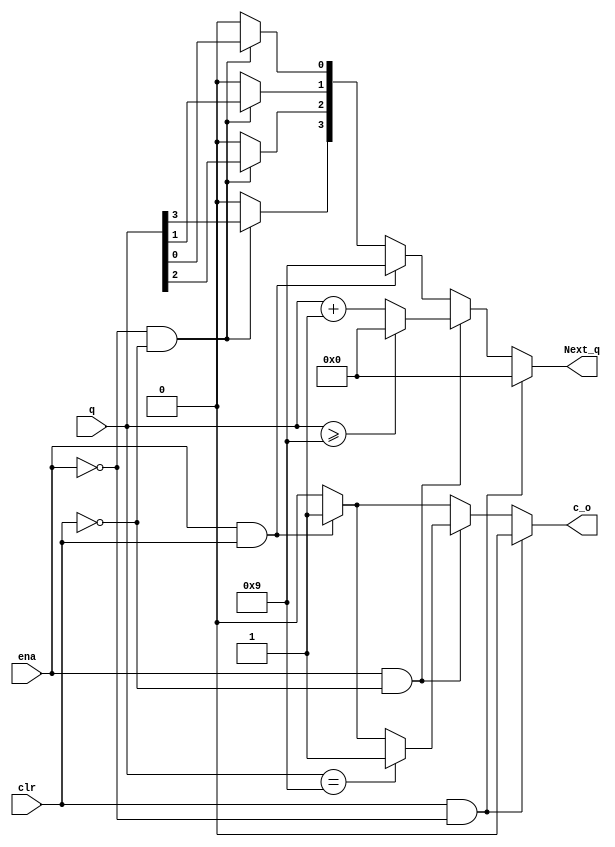
`timescale 1ns / 1ps
//////////////////////////////////////////////////////////////////////////////////
// Company: 
// Engineer: 
// 
// Design Name: 
// Module Name:    count4bcd_combin 
// Project Name: 
// Target Devices: 
// Tool versions: 
// Description: 
//
// Dependencies: 
//
// Revision: 
// Revision 0.01 - File Created
// Additional Comments: 
//
//////////////////////////////////////////////////////////////////////////////////
module count4bcd_combin(
    input [3:0] q,
    input ena,
    input clr,
    output reg [3:0] Next_q, // I had to make this a reg so that I could use my always block.
    output reg c_o 			  // I also had to make this a reg so that I can use it in my always block.
    );

	//Let us do some logic on our input switches
	
	
	always @(q or ena or clr)
		begin
		
			Next_q = 4'b0000;
			c_o = 4'b0;


			// ** HOLD **	
			//Logic when ena and clr are set to 0 to hold current values
			if( (ena == 1'b0) && (clr == 1'b0))
				 begin
					c_o = 1'b0;	
					Next_q[0] = q[0];
				 	Next_q[1] = q[1];
				 	Next_q[2] = q[2];
				 	Next_q[3] = q[3];
				 end 
				
	

			// ** MAX **	
			//Logic to handle when ena =1 and clr = 1 to get ouput
			//of 9
			
			if ( (ena ==1'b1) && (clr == 1'b1) )
				begin
					c_o = 1'b1;
					Next_q = 4'b1001;
				end

		

			// ** NEXT COUNT **	
			//Logic when ena = 1 to calculate our next bit
			 
			if ((ena == 1'b1) && (clr == 1'b0))
				begin
						
					Next_q = q + 1;
					
					if ( q == 9) c_o = 1;
					if ( q >= 9) Next_q = 0;
		
				end // end of if handling the next bit
					
			

			// ** CLEAR **	
			//Logic when clr = 1 and ena = 0 to clear
			if ((clr == 1'b1) && (ena == 1'b0))
				begin
					Next_q = 4'b0000; // set to 0000.
					c_o = 1'b0;			// set the carry bit to 0.
				end // end if to set Next_1 and c_o to 0.
	 
		
		end  // End my entire always block



	
endmodule